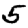
Digit: 5